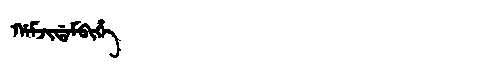
Manchu: ᡤᠠᠮᠵᡳᡩᠠᠮᠪᡳᡥᡝ
Romanization: GAMJIDAMBIHE